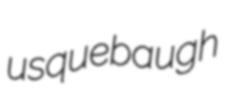
usquebaugh